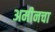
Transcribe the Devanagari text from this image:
अमीनचा